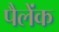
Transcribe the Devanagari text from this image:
पैलेंक